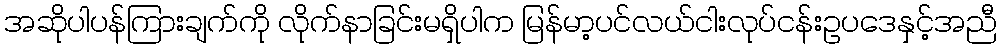
အဆိုပါပန်ကြားချက်ကို လိုက်နာခြင်းမရှိပါက မြန်မာ့ပင်လယ်ငါးလုပ်ငန်းဥပဒေနှင့်အညီ